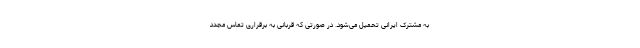
به مشترک ایرانی تحمیل می‌شود. در صورتی که قربانی به برقراری تماس مجدد